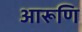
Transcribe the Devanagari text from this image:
आरूणि